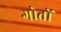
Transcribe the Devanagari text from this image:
गोतों